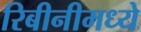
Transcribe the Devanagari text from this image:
रिबीनीमध्ये